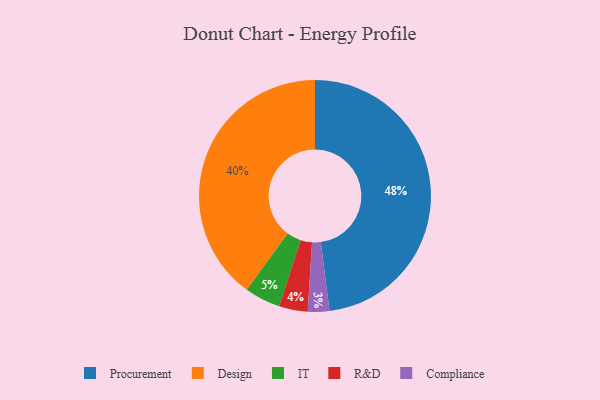
{"axis": {"x": "Category", "y": "Percentage"}, "legend": ["Compliance", "Design", "IT", "Procurement", "R&D"], "data": [{"x": "Compliance", "y": 3, "type": "Compliance"}, {"x": "R&D", "y": 4, "type": "R&D"}, {"x": "Procurement", "y": 48, "type": "Procurement"}, {"x": "IT", "y": 5, "type": "IT"}, {"x": "Design", "y": 40, "type": "Design"}]}